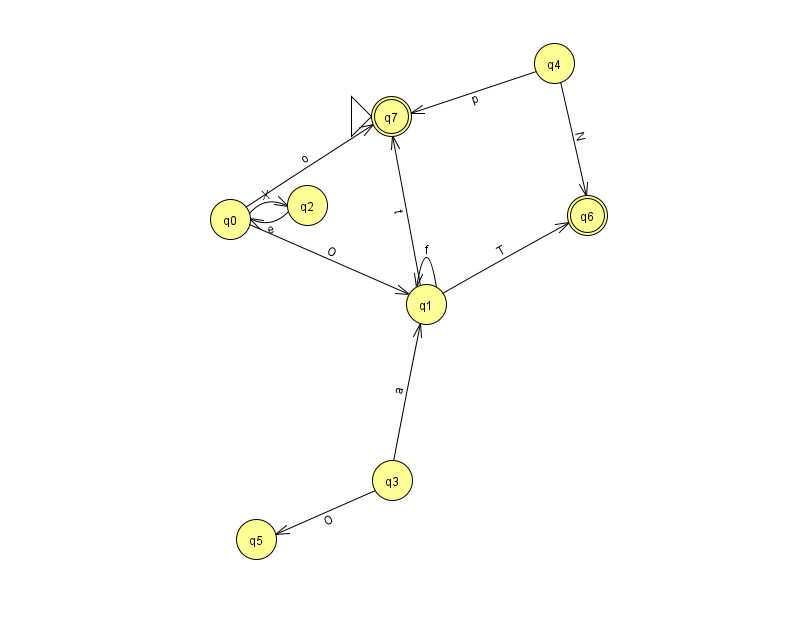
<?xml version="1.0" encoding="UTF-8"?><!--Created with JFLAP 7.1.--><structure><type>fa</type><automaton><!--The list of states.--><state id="0" name="q0"><x>230.0</x><y>206.0</y></state><state id="1" name="q1"><x>426.0</x><y>291.0</y></state><state id="2" name="q2"><x>307.0</x><y>192.0</y></state><state id="3" name="q3"><x>392.0</x><y>467.0</y></state><state id="4" name="q4"><x>554.0</x><y>50.0</y></state><state id="5" name="q5"><x>256.0</x><y>526.0</y></state><state id="6" name="q6"><x>587.0</x><y>202.0</y><final/></state><state id="7" name="q7"><x>391.0</x><y>103.0</y><initial/><final/></state><!--The list of transitions.--><transition><from>2</from><to>0</to><read>e</read></transition><transition><from>3</from><to>1</to><read>a</read></transition><transition><from>0</from><to>1</to><read>O</read></transition><transition><from>3</from><to>5</to><read>O</read></transition><transition><from>1</from><to>1</to><read>f</read></transition><transition><from>1</from><to>6</to><read>T</read></transition><transition><from>0</from><to>7</to><read>o</read></transition><transition><from>1</from><to>7</to><read>t</read></transition><transition><from>4</from><to>6</to><read>N</read></transition><transition><from>0</from><to>2</to><read>X</read></transition><transition><from>4</from><to>7</to><read>p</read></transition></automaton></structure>